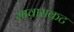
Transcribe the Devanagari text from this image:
भावासकट